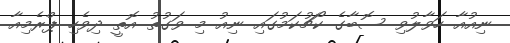
ނިއުއާ ހަވާލުވި ސޮބާގެ ކޯޗުކަމުގައި ނިއު މި ވަގުތު އޮތީ ދިވެހި ޕްރެމިއާ